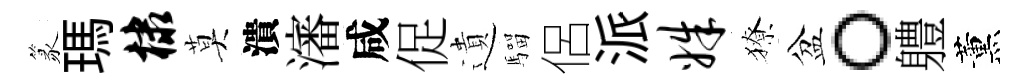
篆瑪棣莫潰瀋咸促遺騮侶派姝獠盆。軆薰